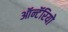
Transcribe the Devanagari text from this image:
ऑन्टॅरियो